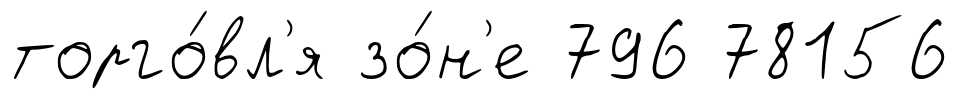
торго́вл'я зо́н'е 796 78156